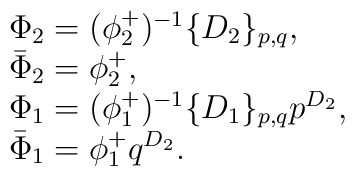
\begin{array}{l}\Phi_{2}=(\phi_{2}^{+})^{-1}\{D_{2}\}_{p,q},\\\bar{\Phi}_{2}=\phi_{2}^{+},\\\Phi_{1}=(\phi_{1}^{+})^{-1}\{D_{1}\}_{p,q}p^{D_{2}},\\\bar{\Phi}_{1}=\phi_{1}^{+}q^{D_{2}}.\end{array}